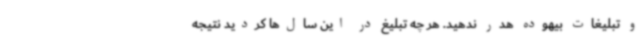
و تبلیغات بیهوده هدر ندهید. هر چه تبلیغ در این سال‌ها کردید نتیجه